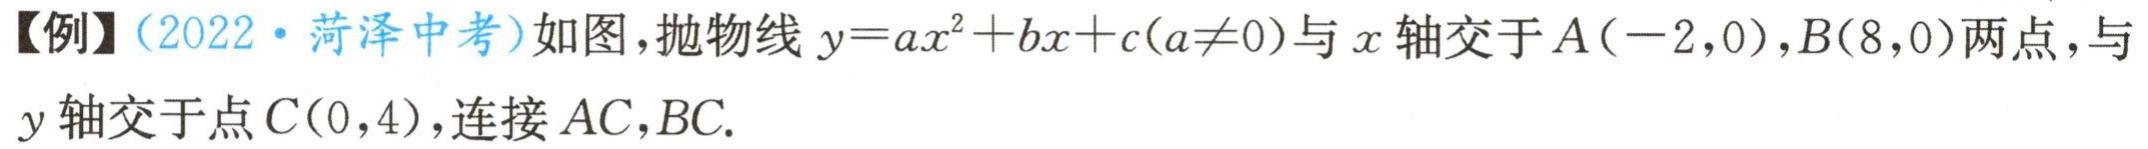
【例】（2022·菏泽中考）如图，抛物线\(y = ax^{2}+bx + c(a\neq0)\)与\(x\)轴交于\(A(-2,0)\)，\(B(8,0)\)两点，与\(y\)轴交于点\(C(0,4)\)，连接\(AC\)，\(BC\).